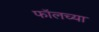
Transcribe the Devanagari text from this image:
फॉलच्या